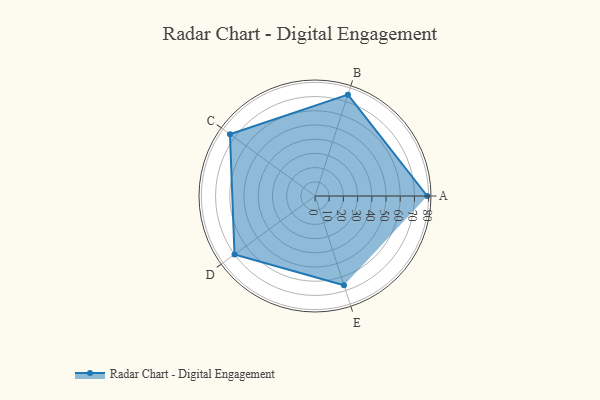
{"axis": {"x": "Skill", "y": "Score"}, "legend": ["Profile"], "data": [{"x": "A", "y": 79.0, "type": "Profile"}, {"x": "B", "y": 75.0, "type": "Profile"}, {"x": "C", "y": 74.0, "type": "Profile"}, {"x": "D", "y": 70.0, "type": "Profile"}, {"x": "E", "y": 66.0, "type": "Profile"}]}